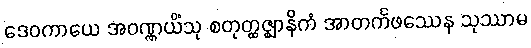
ဒေဝကာယေ အဝဏ္ဏယိံသု စတုတ္ထဇ္ဈာနိကံ အာတင်္ကဖဿေန သုဿာမ